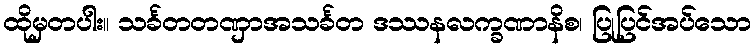
ထိုမှတပါး။ သင်္ခတတဏှာအသင်္ခတ ဒဿနလက္ခဏာနိစ၊ ပြုပြင်အပ်သော